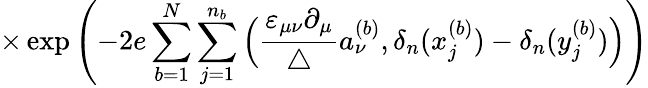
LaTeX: \times\exp\left(-2e\sum_{b=1}^{N}\sum_{j=1}^{n_{b}}\Big(\frac{\varepsilon_{\mu\nu}\partial_{\mu}}{\triangle}a_{\nu}^{(b)},\delta_{n}(x_{j}^{(b)})-\delta_{n}(y_{j}^{(b)})\Big)\right)